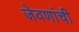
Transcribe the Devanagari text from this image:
जेवणांची